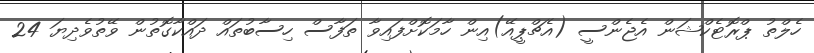
ހެލްތު ޕްރޮޓެކްޝަން އެޖެންސީ (އެޗްޕީއޭ)އިން ހާމަކޮށްފައިވާ ތަފާސް ހިސާބުތައް ދައްކާގޮތުން ވޭތުވެދިޔަ 24